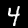
Label: 4